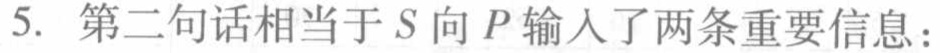
5. 第二句话相当于\(S\)向\(P\)输入了两条重要信息：